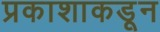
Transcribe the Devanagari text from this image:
प्रकाशाकडून